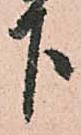
下